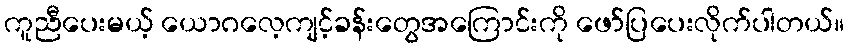
ကူညီပေးမယ့် ယောဂလေ့ကျင့်ခန်းတွေအကြောင်းကို ဖော်ပြပေးလိုက်ပါတယ်။